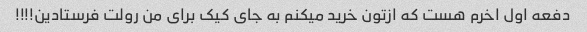
دفعه اول اخرم هست که ازتون خرید میکنم به جای کیک برای من رولت فرستادین!!!!